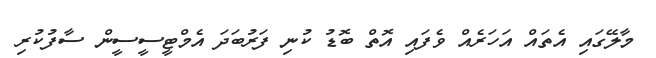
މާލޭގައި އެތައް އަހަރެއް ވެފައި އޮތް ބޮޑު ކުނި ފަރުބަދަ އެމްޓީސީސީން ސާފުކުރި